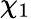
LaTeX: \chi_{1}